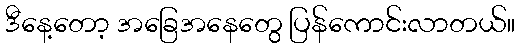
ဒီနေ့တော့ အခြေအနေတွေ ပြန်ကောင်းလာတယ်။